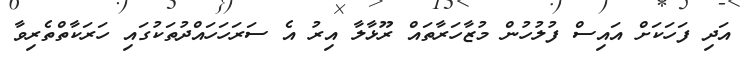
އަދި ފަހަކަށް އައިސް ފުލުހުން މުޒާހަރާތައް ރޫޅާލާ އިރު އެ ސަރަހަހައްދުތަކުގައި ހަރަކާތްތެރިވާ